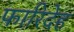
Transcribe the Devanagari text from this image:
फारिदेह